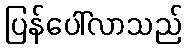
ပြန်ပေါ်လာသည်